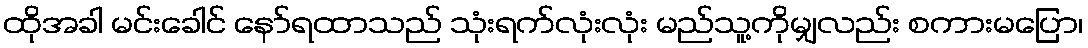
ထိုအခါ မင်းခေါင် နော်ရထာသည် သုံးရက်လုံးလုံး မည်သူ့ကိုမျှလည်း စကားမပြော၊